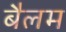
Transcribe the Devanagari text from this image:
बैलम